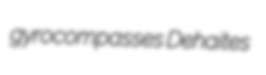
gyrocompasses Dehaites